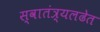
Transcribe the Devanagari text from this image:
स्वातंत्र्यलढेत